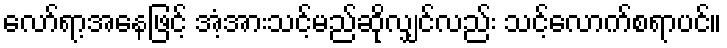
လော်ရာ့အနေဖြင့် အံ့အားသင့်မည်ဆိုလျှင်လည်း သင့်လောက်စရာပင်။